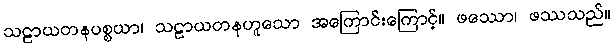
သဠာယတနပစ္စယာ၊ သဠာယတနဟူသော အကြောင်းကြောင့်။ ဖဿော၊ ဖဿသည်။